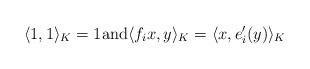
LaTeX: \begin{align*}\langle 1, 1 \rangle_K =1 \mbox{and} \langle f_i x, y \rangle_K = \langle x, e'_i(y) \rangle_K \end{align*}